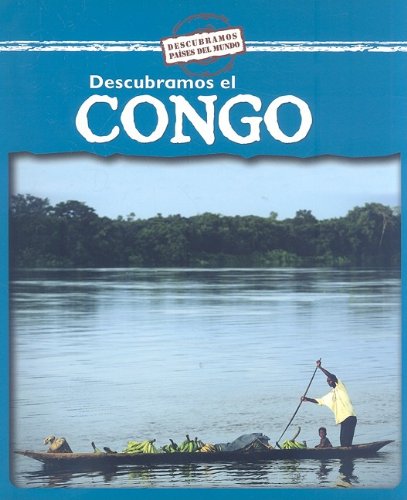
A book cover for Descubramos el Congo/ Looking at the Congo (Descubramos Paises Del Mundo / Looking at Countries) (Spanish Edition); Kathleen Pohl; Children's Books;